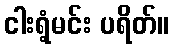
ငါးရံ့မင်း ပရိတ်။